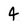
Character: 4